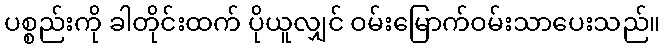
ပစ္စည်းကို ခါတိုင်းထက် ပိုယူလျှင် ဝမ်းမြောက်ဝမ်းသာပေးသည်။